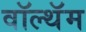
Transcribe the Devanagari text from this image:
वॉल्थॅम